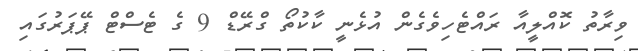
ވިރާތު ކޮއްލީއާ ރައްޓެހިވެގެން އުޅެނީ ކާކުތޯ ގްރޭޑް 9 ގެ ޓެސްޓް ޕޭޕަރުގައި